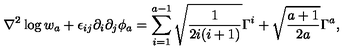
\nabla ^ { 2 } \log w _ { a } + \epsilon _ { i j } \partial _ { i } \partial _ { j } \phi _ { a } = \sum _ { i = 1 } ^ { a - 1 } \sqrt { \frac { 1 } { 2 i ( i + 1 ) } } \Gamma ^ { i } + \sqrt { \frac { a + 1 } { 2 a } } \Gamma ^ { a } ,